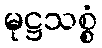
မုဋ္ဌသစ္စံ